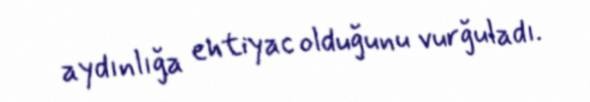
aydınlığa ehtiyac olduğunu vurğuladı.